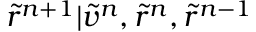
\tilde { r } ^ { n + 1 } | \tilde { v } ^ { n } , \tilde { r } ^ { n } , \tilde { r } ^ { n - 1 }